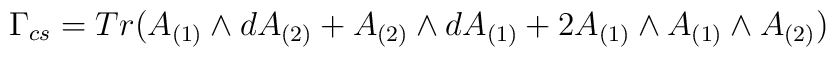
\Gamma_{cs} = Tr(A_{(1)} \wedge dA_{(2)} + A_{(2)} \wedge dA_{(1)} + 2A_{(1)} \wedge A_{(1)} \wedge A_{(2)})